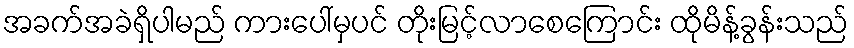
အခက်အခဲရှိပါမည် ကားပေါ်မှပင် တိုးမြင့်လာစေကြောင်း ထိုမိန့်ခွန်းသည်